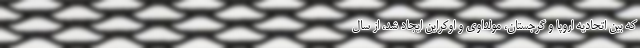
که بین اتحادیه اروپا و گرجستان، مولداوی و اوکراین ایجاد شد، از سال